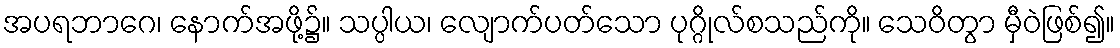
အပရဘာဂေ၊ နောက်အဖို့၌။ သပ္ပါယ၊ လျောက်ပတ်သော ပုဂ္ဂိုလ်စသည်ကို။ သေဝိတွာ မှီဝဲဖြစ်၍။